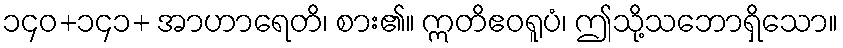
၁၄၀+၁၄၁+ အာဟာရေတိ၊ စား၏။ ဣတိဧဝရူပံ၊ ဤသို့သဘောရှိသော။